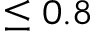
\le 0 . 8